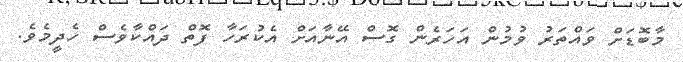
މާބޮޑަށް ވައްތަރު ވުމުން އަހަރެން ގޮސް އޭނާއަށް އެކުރަހާ ފޮތް ދައްކާވެސް ހެދީމެވެ.